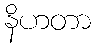
နိဟတာ